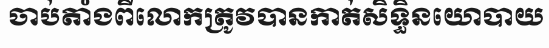
ចាប់តាំងពីលោកត្រូវបានកាត់សិទ្ធិនយោបាយ